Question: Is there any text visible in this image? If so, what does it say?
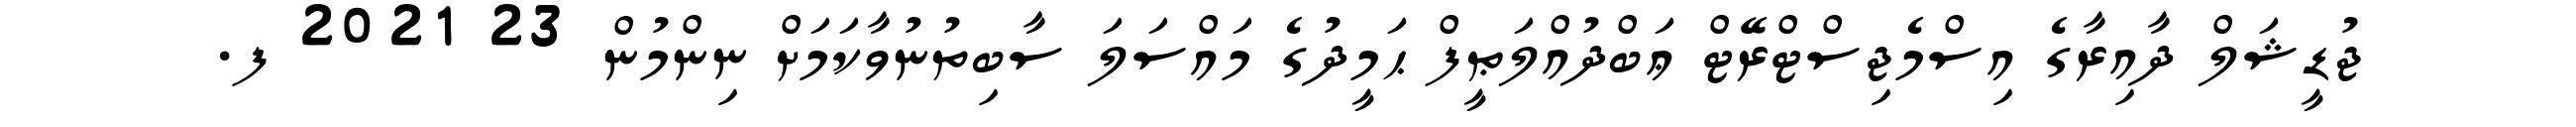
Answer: ޖުޑީޝަލް ދާއިރާގެ އިސްމެޖިސްޓްރޭޓް ޢަބްދުއްލަޠީފް ޙަމީދުގެ މައްސަލަ ސާބިތުނުވާކަމަށް ނިންމުން 23 2021 ފ.